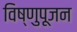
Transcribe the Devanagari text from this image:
विष्णुपूजन